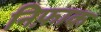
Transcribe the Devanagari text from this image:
निफ़ाक